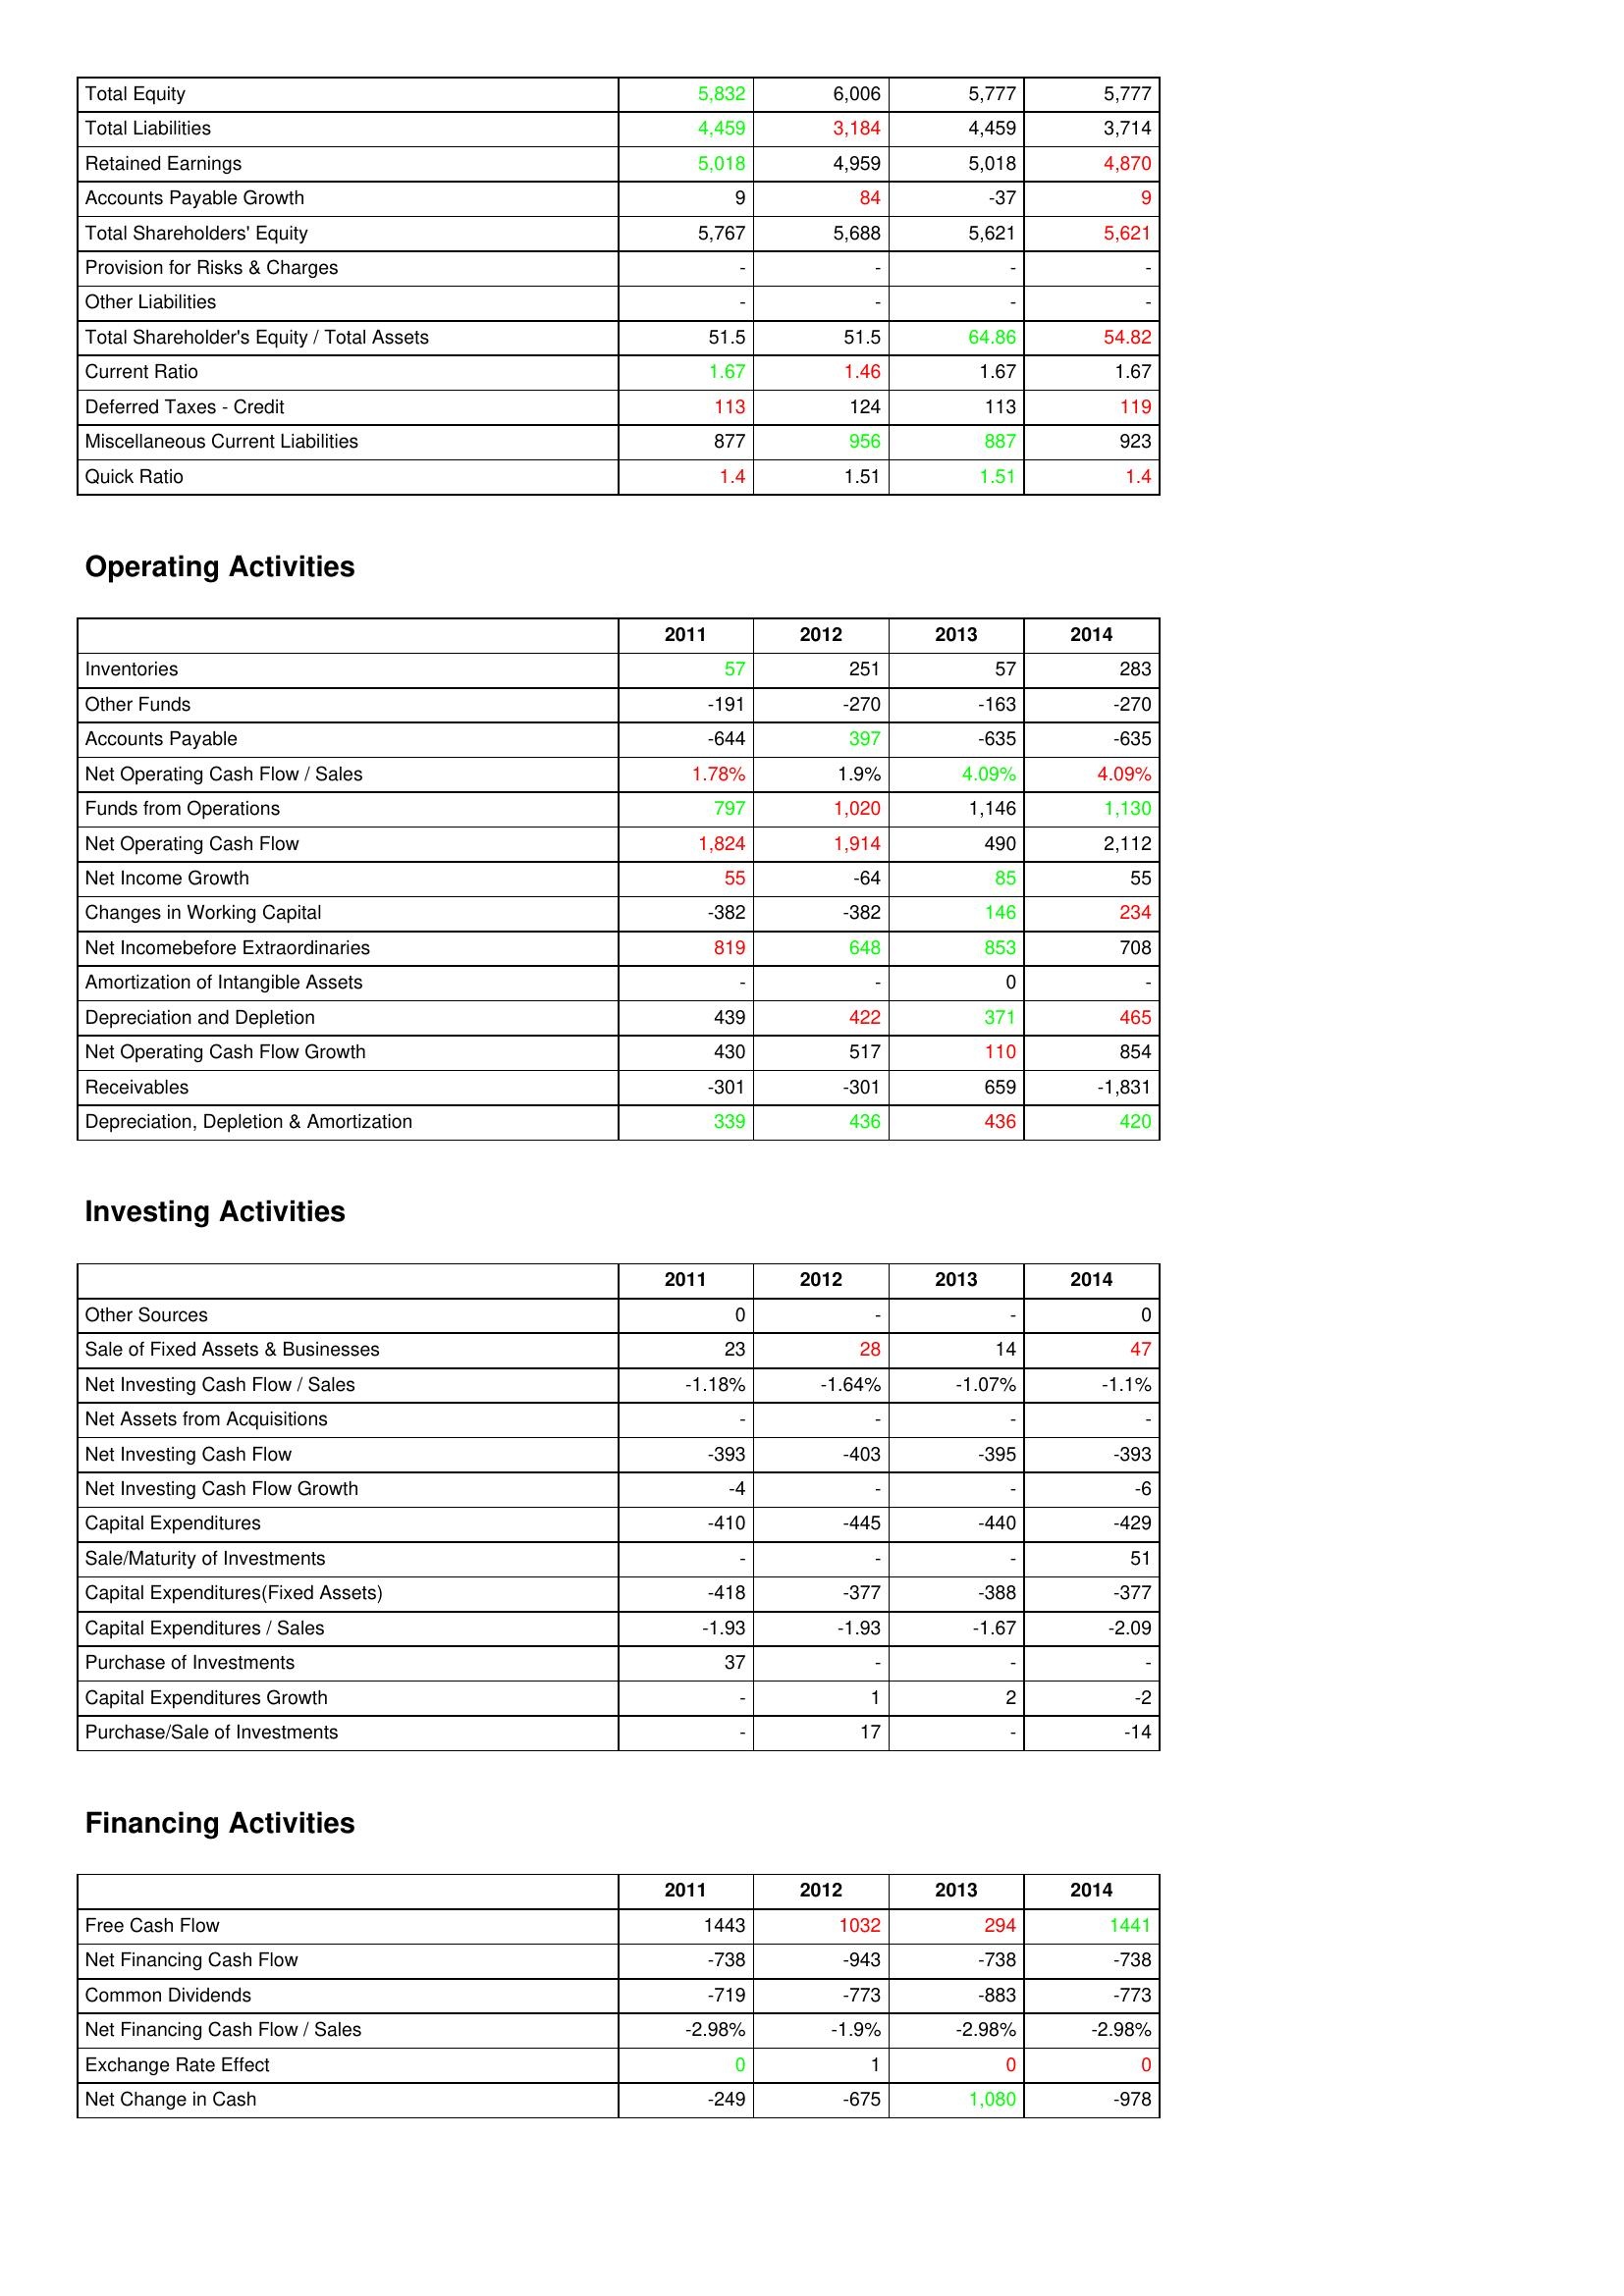
gt_parse: 2011: Liabilities & Shareholder's Equity: Total Equity: 5,832
Total Liabilities: 4,459
Retained Earnings: 5,018
Accounts Payable Growth: 9
Total Shareholders' Equity: 5,767
Provision for Risks & Charges: -
Other Liabilities: -
Total Shareholder's Equity / Total Assets: 51.5
Current Ratio: 1.67
Deferred Taxes - Credit: 113
Miscellaneous Current Liabilities: 877
Quick Ratio: 1.4
Operating Activities: Inventories: 57
Other Funds: -191
Accounts Payable: -644
Net Operating Cash Flow / Sales: 1.78%
Funds from Operations: 797
Net Operating Cash Flow: 1,824
Net Income Growth: 55
Changes in Working Capital: -382
Net Incomebefore Extraordinaries: 819
Amortization of Intangible Assets: -
Depreciation and Depletion: 439
Net Operating Cash Flow Growth: 430
Receivables: -301
Depreciation, Depletion & Amortization: 339
Investing Activities: Other Sources: 0
Sale of Fixed Assets & Businesses: 23
Net Investing Cash Flow / Sales: -1.18%
Net Assets from Acquisitions: -
Net Investing Cash Flow: -393
Net Investing Cash Flow Growth: -4
Capital Expenditures: -410
Sale/Maturity of Investments: -
Capital Expenditures(Fixed Assets): -418
Capital Expenditures / Sales: -1.93
Purchase of Investments: 37
Capital Expenditures Growth: -
Purchase/Sale of Investments: -
Financing Activities: Free Cash Flow: 1443
Net Financing Cash Flow: -738
Common Dividends: -719
Net Financing Cash Flow / Sales: -2.98%
Exchange Rate Effect: 0
Net Change in Cash: -249
2012: Liabilities & Shareholder's Equity: Total Equity: 6,006
Total Liabilities: 3,184
Retained Earnings: 4,959
Accounts Payable Growth: 84
Total Shareholders' Equity: 5,688
Provision for Risks & Charges: -
Other Liabilities: -
Total Shareholder's Equity / Total Assets: 51.5
Current Ratio: 1.46
Deferred Taxes - Credit: 124
Miscellaneous Current Liabilities: 956
Quick Ratio: 1.51
Operating Activities: Inventories: 251
Other Funds: -270
Accounts Payable: 397
Net Operating Cash Flow / Sales: 1.9%
Funds from Operations: 1,020
Net Operating Cash Flow: 1,914
Net Income Growth: -64
Changes in Working Capital: -382
Net Incomebefore Extraordinaries: 648
Amortization of Intangible Assets: -
Depreciation and Depletion: 422
Net Operating Cash Flow Growth: 517
Receivables: -301
Depreciation, Depletion & Amortization: 436
Investing Activities: Other Sources: -
Sale of Fixed Assets & Businesses: 28
Net Investing Cash Flow / Sales: -1.64%
Net Assets from Acquisitions: -
Net Investing Cash Flow: -403
Net Investing Cash Flow Growth: -
Capital Expenditures: -445
Sale/Maturity of Investments: -
Capital Expenditures(Fixed Assets): -377
Capital Expenditures / Sales: -1.93
Purchase of Investments: -
Capital Expenditures Growth: 1
Purchase/Sale of Investments: 17
Financing Activities: Free Cash Flow: 1032
Net Financing Cash Flow: -943
Common Dividends: -773
Net Financing Cash Flow / Sales: -1.9%
Exchange Rate Effect: 1
Net Change in Cash: -675
2013: Liabilities & Shareholder's Equity: Total Equity: 5,777
Total Liabilities: 4,459
Retained Earnings: 5,018
Accounts Payable Growth: -37
Total Shareholders' Equity: 5,621
Provision for Risks & Charges: -
Other Liabilities: -
Total Shareholder's Equity / Total Assets: 64.86
Current Ratio: 1.67
Deferred Taxes - Credit: 113
Miscellaneous Current Liabilities: 887
Quick Ratio: 1.51
Operating Activities: Inventories: 57
Other Funds: -163
Accounts Payable: -635
Net Operating Cash Flow / Sales: 4.09%
Funds from Operations: 1,146
Net Operating Cash Flow: 490
Net Income Growth: 85
Changes in Working Capital: 146
Net Incomebefore Extraordinaries: 853
Amortization of Intangible Assets: 0
Depreciation and Depletion: 371
Net Operating Cash Flow Growth: 110
Receivables: 659
Depreciation, Depletion & Amortization: 436
Investing Activities: Other Sources: -
Sale of Fixed Assets & Businesses: 14
Net Investing Cash Flow / Sales: -1.07%
Net Assets from Acquisitions: -
Net Investing Cash Flow: -395
Net Investing Cash Flow Growth: -
Capital Expenditures: -440
Sale/Maturity of Investments: -
Capital Expenditures(Fixed Assets): -388
Capital Expenditures / Sales: -1.67
Purchase of Investments: -
Capital Expenditures Growth: 2
Purchase/Sale of Investments: -
Financing Activities: Free Cash Flow: 294
Net Financing Cash Flow: -738
Common Dividends: -883
Net Financing Cash Flow / Sales: -2.98%
Exchange Rate Effect: 0
Net Change in Cash: 1,080
2014: Liabilities & Shareholder's Equity: Total Equity: 5,777
Total Liabilities: 3,714
Retained Earnings: 4,870
Accounts Payable Growth: 9
Total Shareholders' Equity: 5,621
Provision for Risks & Charges: -
Other Liabilities: -
Total Shareholder's Equity / Total Assets: 54.82
Current Ratio: 1.67
Deferred Taxes - Credit: 119
Miscellaneous Current Liabilities: 923
Quick Ratio: 1.4
Operating Activities: Inventories: 283
Other Funds: -270
Accounts Payable: -635
Net Operating Cash Flow / Sales: 4.09%
Funds from Operations: 1,130
Net Operating Cash Flow: 2,112
Net Income Growth: 55
Changes in Working Capital: 234
Net Incomebefore Extraordinaries: 708
Amortization of Intangible Assets: -
Depreciation and Depletion: 465
Net Operating Cash Flow Growth: 854
Receivables: -1,831
Depreciation, Depletion & Amortization: 420
Investing Activities: Other Sources: 0
Sale of Fixed Assets & Businesses: 47
Net Investing Cash Flow / Sales: -1.1%
Net Assets from Acquisitions: -
Net Investing Cash Flow: -393
Net Investing Cash Flow Growth: -6
Capital Expenditures: -429
Sale/Maturity of Investments: 51
Capital Expenditures(Fixed Assets): -377
Capital Expenditures / Sales: -2.09
Purchase of Investments: -
Capital Expenditures Growth: -2
Purchase/Sale of Investments: -14
Financing Activities: Free Cash Flow: 1441
Net Financing Cash Flow: -738
Common Dividends: -773
Net Financing Cash Flow / Sales: -2.98%
Exchange Rate Effect: 0
Net Change in Cash: -978